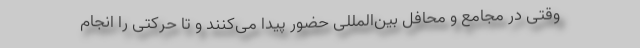
وقتی در مجامع و محافل بین‌المللی حضور پیدا می‌کنند و تا حرکتی را انجام